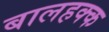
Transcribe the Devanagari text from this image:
बालहक्क